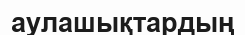
аулашықтардың